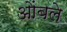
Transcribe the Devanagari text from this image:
ओंबले